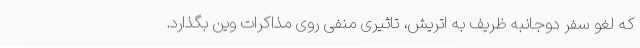
که لغو سفر دوجانبه ظریف به اتریش، تاثیری منفی روی مذاکرات وین بگذارد.